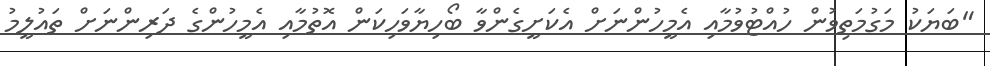
"ބަޔަކު މަގުމަތިވުން ހުއްޓުވުމާއި އެމީހުންނަށް އެކަށީގެންވާ ބޯހިޔާވަހިކަން އޮތުމާއި އެމީހުންގެ ދަރިންނަށް ތައުލީމު